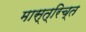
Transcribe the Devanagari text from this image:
मास्त्रिच्त